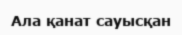
Ала қанат сауысқан